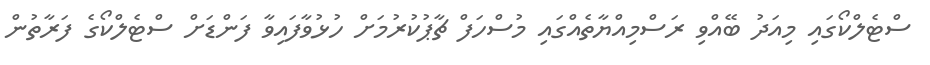
ސްޓެލްކޯގައި މިއަދު ބޭއްވި ރަސްމިއްޔާތެއްގައި މުސްހަފް ޗާޕުކުރުމަށް ހުޅުވާފައިވާ ފަންޑަށް ސްޓެލްކޯގެ ފަރާތުން